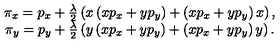
\begin{array} { c } { \pi _ { x } = p _ { x } + \frac { \lambda } { 2 } \left( x \left( x p _ { x } + y p _ { y } \right) + \left( x p _ { x } + y p _ { y } \right) x \right) , } \\ { \pi _ { y } = p _ { y } + \frac { \lambda } { 2 } \left( y \left( x p _ { x } + y p _ { y } \right) + \left( x p _ { x } + y p _ { y } \right) y \right) . } \\ \end{array}